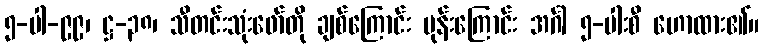
၅-ပါ-၉၉၊ ဋ္ဌ-၃၈၊ သီတင်းသုံးဖော်တို ချစ်ကြောင်း မုန်းကြောင်း အင်္ဂါ ၅-ပါးစီ ဟောထား၏။